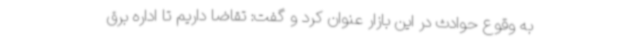
به وقوع حوادث در این بازار عنوان کرد و گفت: تقاضا داریم تا اداره برق